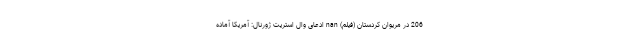
206 در مریوان کردستان (فیلم) nan ادعای وال استریت ژورنال: آمریکا آماده